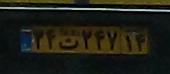
۳۴ت۲۴۷۱۴